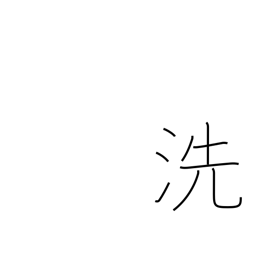
Meaning: inquire into